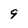
Character: 9